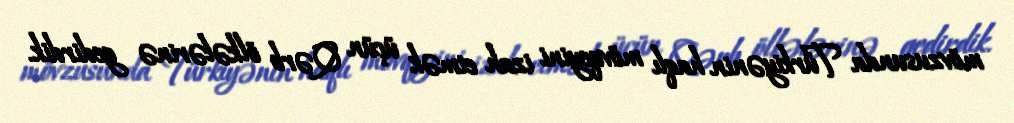
mövzusunda Türkiyənin haqlı mövqeyini izah etmək üçün Qərb ölkələrinə gedirdik.